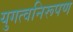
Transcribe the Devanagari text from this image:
युगत्वनिरूपण